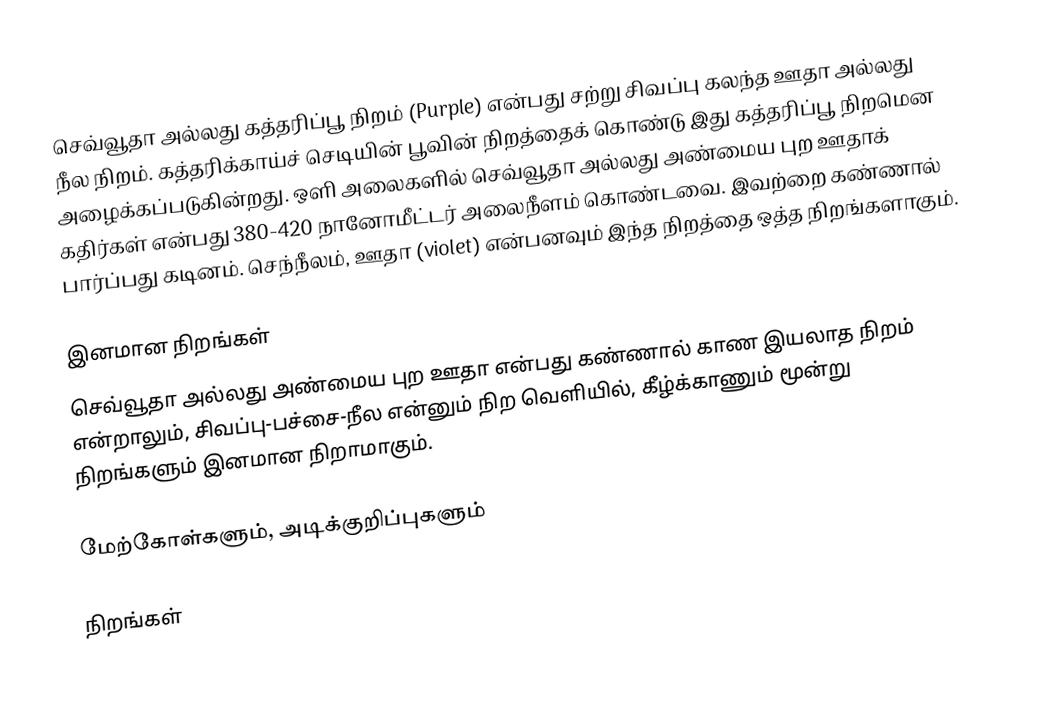
செவ்வூதா அல்லது கத்தரிப்பூ நிறம் (Purple) என்பது சற்று சிவப்பு கலந்த ஊதா அல்லது நீல நிறம். கத்தரிக்காய்ச் செடியின் பூவின் நிறத்தைக் கொண்டு இது கத்தரிப்பூ நிறமென அழைக்கப்படுகின்றது. ஒளி அலைகளில் செவ்வூதா அல்லது அண்மைய புற ஊதாக் கதிர்கள் என்பது 380-420 நானோமீட்டர் அலைநீளம் கொண்டவை. இவற்றை கண்ணால் பார்ப்பது கடினம். செந்நீலம், ஊதா (violet) என்பனவும் இந்த நிறத்தை ஒத்த நிறங்களாகும்.

இனமான நிறங்கள்
செவ்வூதா அல்லது அண்மைய புற ஊதா என்பது கண்ணால் காண இயலாத நிறம் என்றாலும், சிவப்பு-பச்சை-நீல என்னும் நிற வெளியில், கீழ்க்காணும் மூன்று நிறங்களும் இனமான நிறாமாகும்.

மேற்கோள்களும், அடிக்குறிப்புகளும்

நிறங்கள்